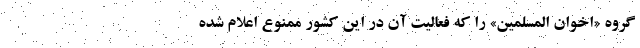
گروه «اخوان المسلمین» را که فعالیت آن در این کشور ممنوع اعلام شده